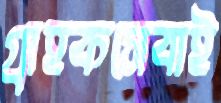
গ্রাহকসেবাই